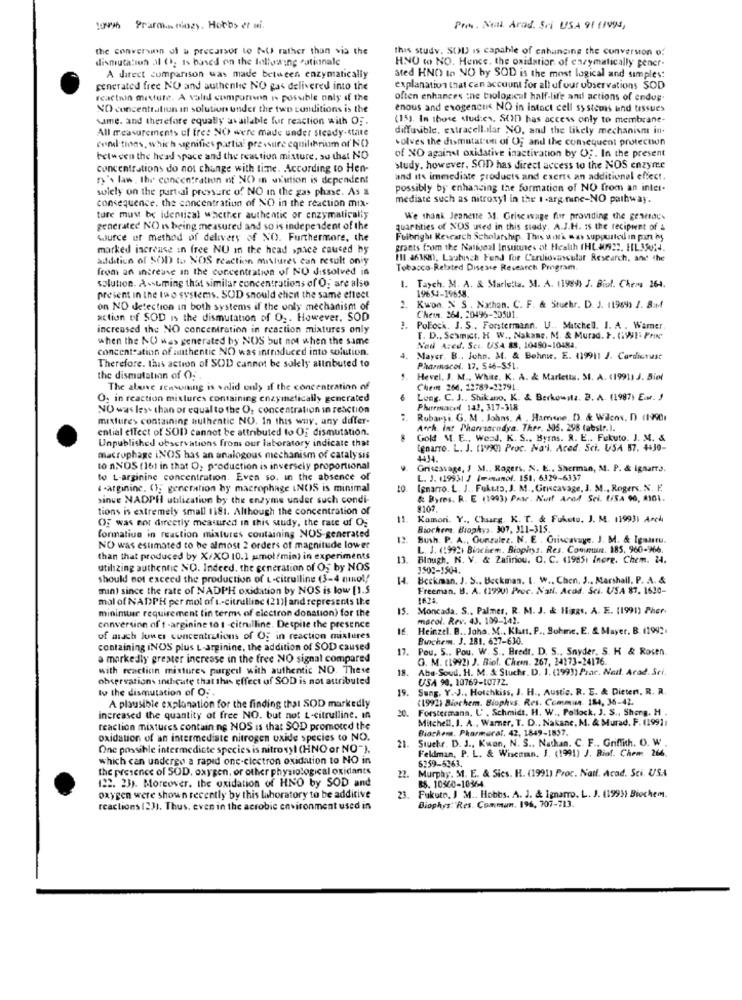
10996 Prammen cozy. Hobbs et wi.
Pren. Nul. Arad. Sri USA 91 (1994,
the conversion ul & precursor to NU rather than via the
this study. SOU is capable of cahanging the conversion of
dismutation al 0; is based on the following rationale
HNO to NO. Hence, the oxidation of enzymatically gener-
A direct comparison was made between enzymatically
ated HNO to NO by SOD is the most logical and simples:
generated free NO and authentic NO gas delivered into the
explanation that can account for all of our observations SOD
reaction mixture. A valid comparten is possible only if the
often enhances ine tiological half-life and actions of endus-
NO concentration in solution under the two conditions is the
enous and exogencus NO in intact cell systems and tissues
same. and therefore equally available for reaction with OF.
(15). In those studies. SCJD has access only to membrane-
All measurements of free NO were made under steady-state
diffusible, extracellular NO, and the likely mechanism in.
wolves the dismataron of Og and the comsequent protection
cond tions, which signifies partia pressure equilibrium of'NO
between the head space and the reaction mixture. so that NO
of XO against oxidative inactivation by Og. In the present
concentrations do not change with tine. According to Hen-
study. however, SOD has direct access to the NOS enzyme
fy's law, the concentration of NO in uxution is dependent
and its immediate products and exerts an additional effect.
solely on the part al pressure of NO in the gas phase. As &
possibly by enhancing the formation of NO from an inter-
mediate such as nitroxyl in the 1 -arg.nine-NO pathway.
consequence. the concentration of NO in the reaction mix-
ture must be identical whether authentic or enzymatically
We thank Jeanette 3. Grise wage for providing the generous
generated NO is being measured and so is independent of the
quartities of NOS used in this study. A.J.H. 15 the recipient of &
source of method of delivery of NO. Furthermore, the
Fulbright Research Scholarship. This work was supported in par My
marked increase in free NU In the head space caused by
grants from the Nativoal Instinne's of Health (HL. J0932. HIL35014.
addition of SOD to NOS reaction mislures can result oniy
111.46168), Lautusch Fund for Cardiovascular Research, and the
from an increase in the concentration of NO dissolved in
Tobacco-Related Disease Research Program.
solution. Assuming that similar concentrations of O; are also
1. Taych. M. A. & Marketa. M. A. 1989) J. Bist. Chem 264.
present in the two systems. SUD should elien the same effect
19654-19658.
on NO detection in both systems if the only mechanism of
Fi
Kwon. N S . Nathan. C. F. & Stuchr. D. J. 11969) 1. 8:Mf
action of SOD is the dismutation of Og. However. SOD
Chemn. 364. 20496-20501.
increased the NO concentration in reaction mixtures only
3. Pollock. J. S .. Forstermann. U .. Mitchell. I. A . Wamer
when the N( was generated by NOS but not when the same
F. D ., Sexmict. H W ., Nakane. M. & Murad. F. (W !. Prix'
concentration of authentic NO was introduced into solution.
Nail Azed. Sci. USA 88, 10450-10484.
Mayer. B ., John. M. & Behnwe. E. (19911 J. Cardintust
Therefore. this action of SOD cannot be solely attributed to
Pharmacol. 17, 546-5$1.
the dismutatinn of O.
Hevel. J. M ., White. K. A. & Marletta. M. A. (1991) J. Biel
The above reasoning is valid only if the concentration of
Chein 264. 12789-12791.
O. in reaction mixtures containing enzymatically generated
Long. C. J .. Shikano. K. & Berkowitz. B. A. (1987) Er. J
NO was less than or equal to the O. concentration in reaction
Pharmace 142. 317-318
mixture> containing authentic NO. In this way, any differ-
Rubarşi. G. M . Johns. A . Hamene, D). & Wilcox. D (1990
ential effect of SOD cannot be attributed to Of dismutation.
Aoch. int Pharrascodya. Ther. 305. 298 (abstr.).
Gold M. E ., Werd. K. S ., Byrns. R. E ., Fukuto. J. M. &
Unpublished observations from our laboratory indicate that
Lenarto. L. J. (WVc) Proc. Na'l. Aced. Sci. USA 87. 4430-
macrophage iNOS has an analogous mechanism of catalysis
4414.
to ANOS (161 in that O2 production is inversely proportional
Grisessage, J M .. Rogers. N. E ., Sherman, M. P. & Ignarra.
to L-arginine concentration. Even so. in the absence of
L. J. 119931 J Imenanof. 151. 6329-6337
"-arginine. (); generation by macrophage LNOS is minimal
Ignarro. L. J .. Fukuto. J. M ., Griscavage, J. M ., Rogers. N. F.
sinue NADPH utilication by the enzyme under such condi-
& Byms. R. E (1993) Pase. Nuet Anol Sei. USA 90, 2161.
tions is extremely small 1i81. Although the concentration of
8109
OF was not directly measured in this study, the rate of Og
11. Komor. Y ., Charg. K. T. & Fuhuto. J. M. 119931 Arch
formation in reaction mixtures containing NOS-generated
Biochem. Biophys. 307, 311-315.
12.
Bush. P. A ., Gonzalez. N. E . Cuiscavaye. J. M. & Igaustu.
NO was estimated to be almost 2 orders of magnitude lower
L. J. (1992) Biochem. Biophys. Res. Commain. 185, 960-966.
than that produced by X/XO 10.1 umol/min) in experiments
13. Blough, N. V. & Zafiriou. O. C. (1995) Inore. Chem. 24.
13.
utilizing authentic NO. Indeed, the generation of O5 by NOS
3502-1504.
should not exceed the production of t-citrulline (3-4 minol!
14. Beckman. J. S .. Beckman. I. W .. Chen, J ., Marshall, P. A. &
min) since the rate of NADPH oxidation by NOS is low [1.5
Freeman, B. A. (1990) Proc. Natl. Acad. Sci. USA 87. 1610-
mal of NADPH per mol of t-citrullinc (21)| and represents the
minimtur requirement (in terms of electron donation) for the
15.
Moncada. S ., Palmer. R. M. J. & IfigRs. A. E. (1991) Pher-
macol. Rev. 43. 109-142.
conversion of t -arginine to 1 -citrulline. Despite the presence
16
Heinzel. B .. Joha. M ., Klutt. P ., Bohme. E. & Mayer. B. (1992.
of mach loves concentrations of Og in reaction mixtures
Biochem. J. 181. 627-630.
containing iNOS plus L-arginine, the addition of SOD caused
17.
Pou, 5 .. Pou. W. S ., Bredr. D. S ., Snyder, S. H & Rosen
a markedly greater increase in the free NO signal compared
G. M. (1992) J. Biof. Chem. 267, 24173-24176.
with reaction mixtures purgeil with authentic NO. These
18.
Aba. Soud. H. M. & Stuchr. D. I. (1993) Prac. Nell. Arad. Sci.
observations indicate that this effect of SOD is not attributed
USA 90. 10769-10772.
Iv the dismutation of O. .
19.
Sung. Y. J ., Hotchkiss, J. H ., Austic. R. E. & Dieter, R. R.
(1992) Biochem. Biophus. Res. Commum. 184, 36-42.
A plausible explanation for the finding that SOD markedly
20.
Forstermana. U . Schmidt. H. W ., Pollock, J. S ., Shorg. H .
increased the quantity of free NO. but not L-citrulline. in
Mitchell, J. A ., Warmer, T. D ., Nakane, M. & Murad. F. (1991;
reaction mixtures containing NOS is that SOD promoted the
Biochem. Pharmaral. 42, 1849-1857.
oxidation of an intermediate nitrogen oxide species to NO.
Stuchr. D. J ., Kwan, N. S ., Nathan. C. F ., Griffith. O. W .
One possible intermediate species is nitrosyl (HNO or NO").
21.
Feldman, P. L. & Wiseman, J. (1991) J. Biof. Chem 266.
which can undergo a rapid one-clectron oxidation to NO in
the presence of SOD, oxygen, or other physiological oxidants
6259-5363.
Murphy. 31. E. & Sics. H. (1991) Proc. Natl. Acad. Sci. USA
122. 23). Moreover, the oxidation of HNO by SOD and
88. 10360-10364
oxygen were shown recently by this laboratory to be additive
23.
Fukuto, J M .. Hobbs. A. J. & Ignarro. L. J. (1995) Biochem.
Biophys:"Res. Com.man. 196, 707-713.
reactions (23). Thus, even in the aerobic environment used in